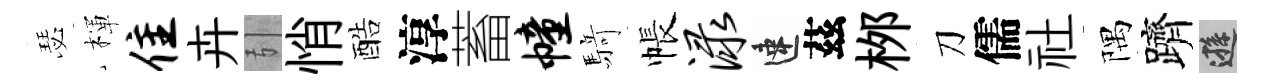
瑟楎隹卉引悄酷淳蓄幢𮪍帳渌速茲桞刀儒社隅躋遜